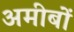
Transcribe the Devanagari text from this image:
अमीबों